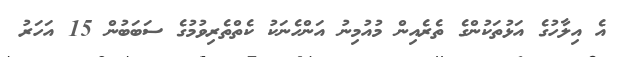
އެ އިލާހުގެ އަަޅުތަކުންގެ ތެރެއިން މުއުމިނު އަންހެނަކު ކެތްތެރިވުމުގެ ސަބަބުން 15 އަހަރު